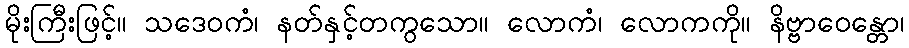
မိုးကြီးဖြင့်။ သဒေဝကံ၊ နတ်နှင့်တကွသော။ လောကံ၊ လောကကို။ နိဗ္ဗာဝေန္တော၊